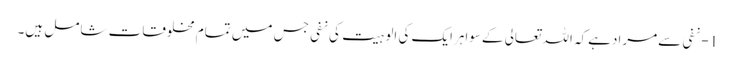
1- نفی سےمرادہےکہ اللہ تعالی کےسواہرایک کی الوہیت کی نفی جس میں تمام مخلوقات شامل ہیں۔